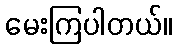
မေးကြပါတယ်။